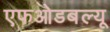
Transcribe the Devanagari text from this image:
एफओडबल्यू